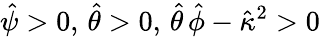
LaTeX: \hat{\psi}>0,\, \hat{\theta}>0,\, \hat{\theta}\, \hat{\phi}-\hat{\kappa}^{2}>0